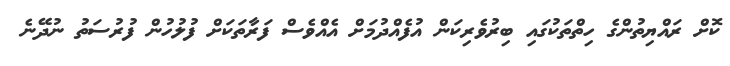
ކޮށް ރައްޔިތުންގެ ހިތްތަކުގައި ބިރުވެރިކަން އުފެއްދުމަށް އެއްވެސް ފަރާތަކަށް ފުލުހުން ފުރުސަތު ނުދޭނެ